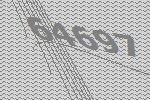
64697